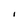
Character: I